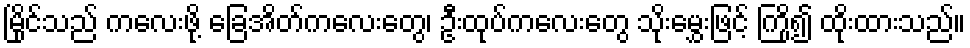
မြိုင်သည် ကလေးဖို့ ခြေအိတ်ကလေးတွေ၊ ဦးထုပ်ကလေးတွေ သိုးမွှေးဖြင့် ကြို၍ ထိုးထားသည်။